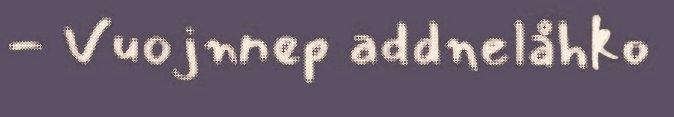
- Vuojnnep addnelåhko